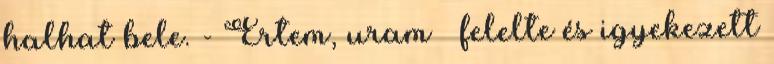
halhat bele. - Értem, uram – felelte és igyekezett